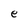
Character: e